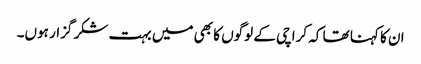
ان کا کہنا تھا کہ کراچی کے لوگوں کا بھی میں بہت شکر گزار ہوں۔